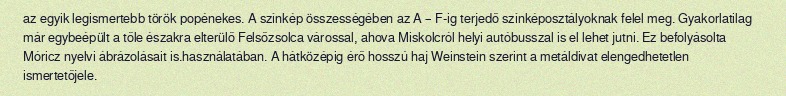
az egyik legismertebb török popénekes. A színkép összességében az A – F-ig terjedő színképosztályoknak felel meg. Gyakorlatilag már egybeépült a tőle északra elterülő Felsőzsolca várossal, ahova Miskolcról helyi autóbusszal is el lehet jutni. Ez befolyásolta Móricz nyelvi ábrázolásait is.használatában. A hátközépig érő hosszú haj Weinstein szerint a metáldivat elengedhetetlen ismertetőjele.